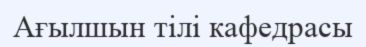
Ағылшын тілі кафедрасы